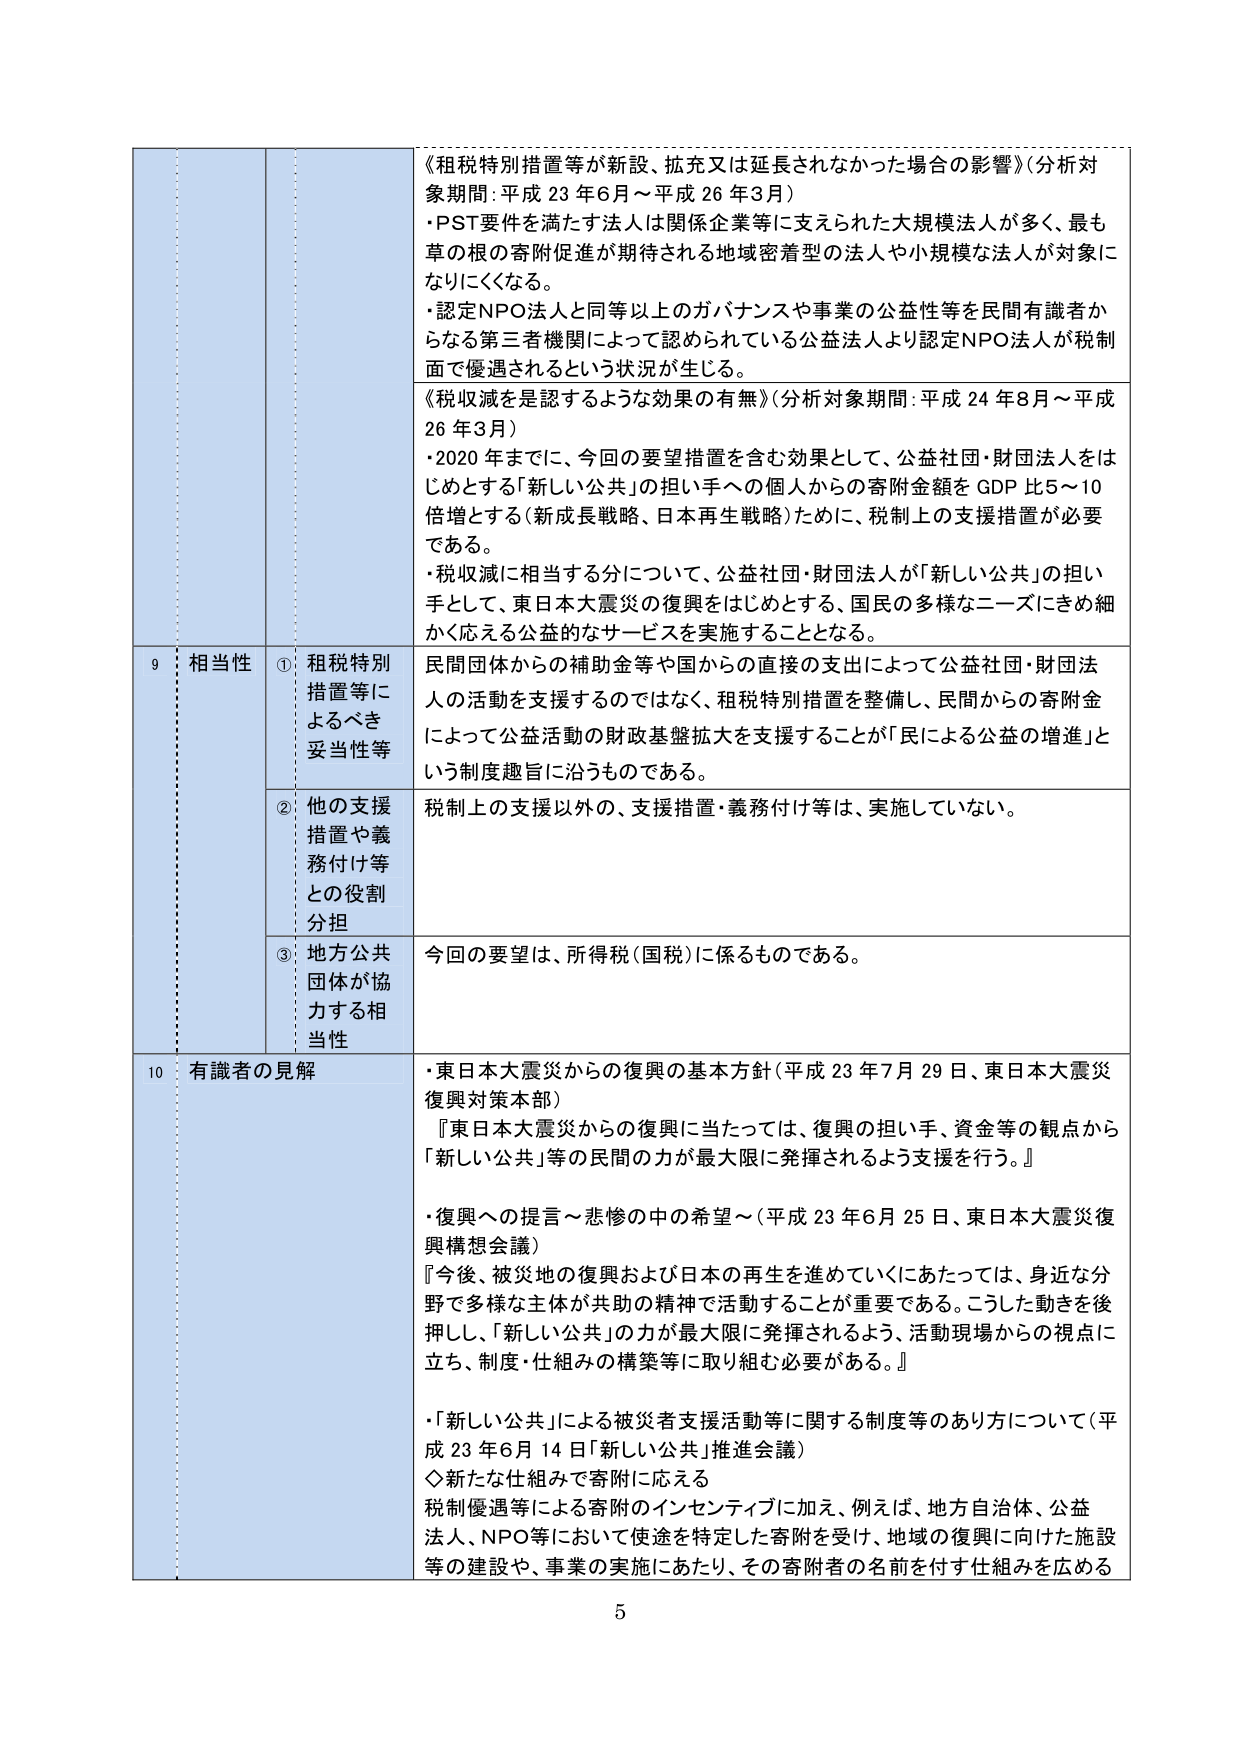
《租税特別措置等が新設、拡充又は延長されなかった場合の影響》（分析対象期間：平成23年6月～平成26年3月）
・PST要件を満たす法人は関係企業等に支えられた大規模法人が多く、最も草の根の寄附促進が期待される地域密着型の法人や小規模な法人が対象になりにくくなる。
・認定NPO法人と同等以上のガバナンスや事業の公益性等を民間有識者からなる第三者機関によって認められている公益法人より認定NPO法人が税制面で優遇されるという状況が生じる。

《税収減を是認するような効果の有無》（分析対象期間：平成24年8月～平成26年3月）
・2020年までに、今回の要望措置を含む効果として、公益社団・財団法人をはじめとする「新しい公共」の担い手への個人からの寄附金額をGDP比5～10倍増とする（新成長戦略、日本再生戦略）ために、税制上の支援措置が必要である。
・税収減に相当する分について、公益社団・財団法人が「新しい公共」の担い手として、東日本大震災の復興をはじめとする、国民の多様なニーズにきめ細かく応える公益的なサービスを実施することとなる。

9 相当性
① 租税特別措置等によるべき妥当性等
民間団体からの補助金等や国からの直接の支出によって公益社団・財団法人の活動を支援するのではなく、租税特別措置を整備し、民間からの寄附金によって公益活動の財政基盤拡大を支援することが「民による公益の増進」という制度趣旨に沿うものである。

② 他の支援措置や義務付け等との役割分担
税制上の支援以外の、支援措置・義務付け等は、実施していない。

③ 地方公共団体が協力する相当性
今回の要望は、所得税（国税）に係るものである。

10 有識者の見解
・東日本大震災からの復興の基本方針（平成23年7月29日、東日本大震災復興対策本部）
『東日本大震災からの復興に当たっては、復興の担い手、資金等の観点から「新しい公共」等の民間の力が最大限に発揮されるよう支援を行う。』

・復興への提言～悲惨の中の希望～（平成23年6月25日、東日本大震災復興構想会議）
『今後、被災地の復興および日本の再生を進めていくにあたっては、身近な分野で多様な主体が共助の精神で活動することが重要である。こうした動きを後押しし、「新しい公共」の力が最大限に発揮されるよう、活動現場からの視点に立ち、制度・仕組みの構築等に取り組む必要がある。』

・「新しい公共」による被災者支援活動等に関する制度等のあり方について（平成23年6月14日「新しい公共」推進会議）
◇新たな仕組みで寄附に応える
税制優遇等による寄附のインセンティブに加え、例えば、地方自治体、公益法人、NPO等において使途を特定した寄附を受け、地域の復興に向けた施設等の建設や、事業の実施にあたり、その寄附者の名前を付す仕組みを広める

5